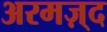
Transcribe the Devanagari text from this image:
अरमज़्द